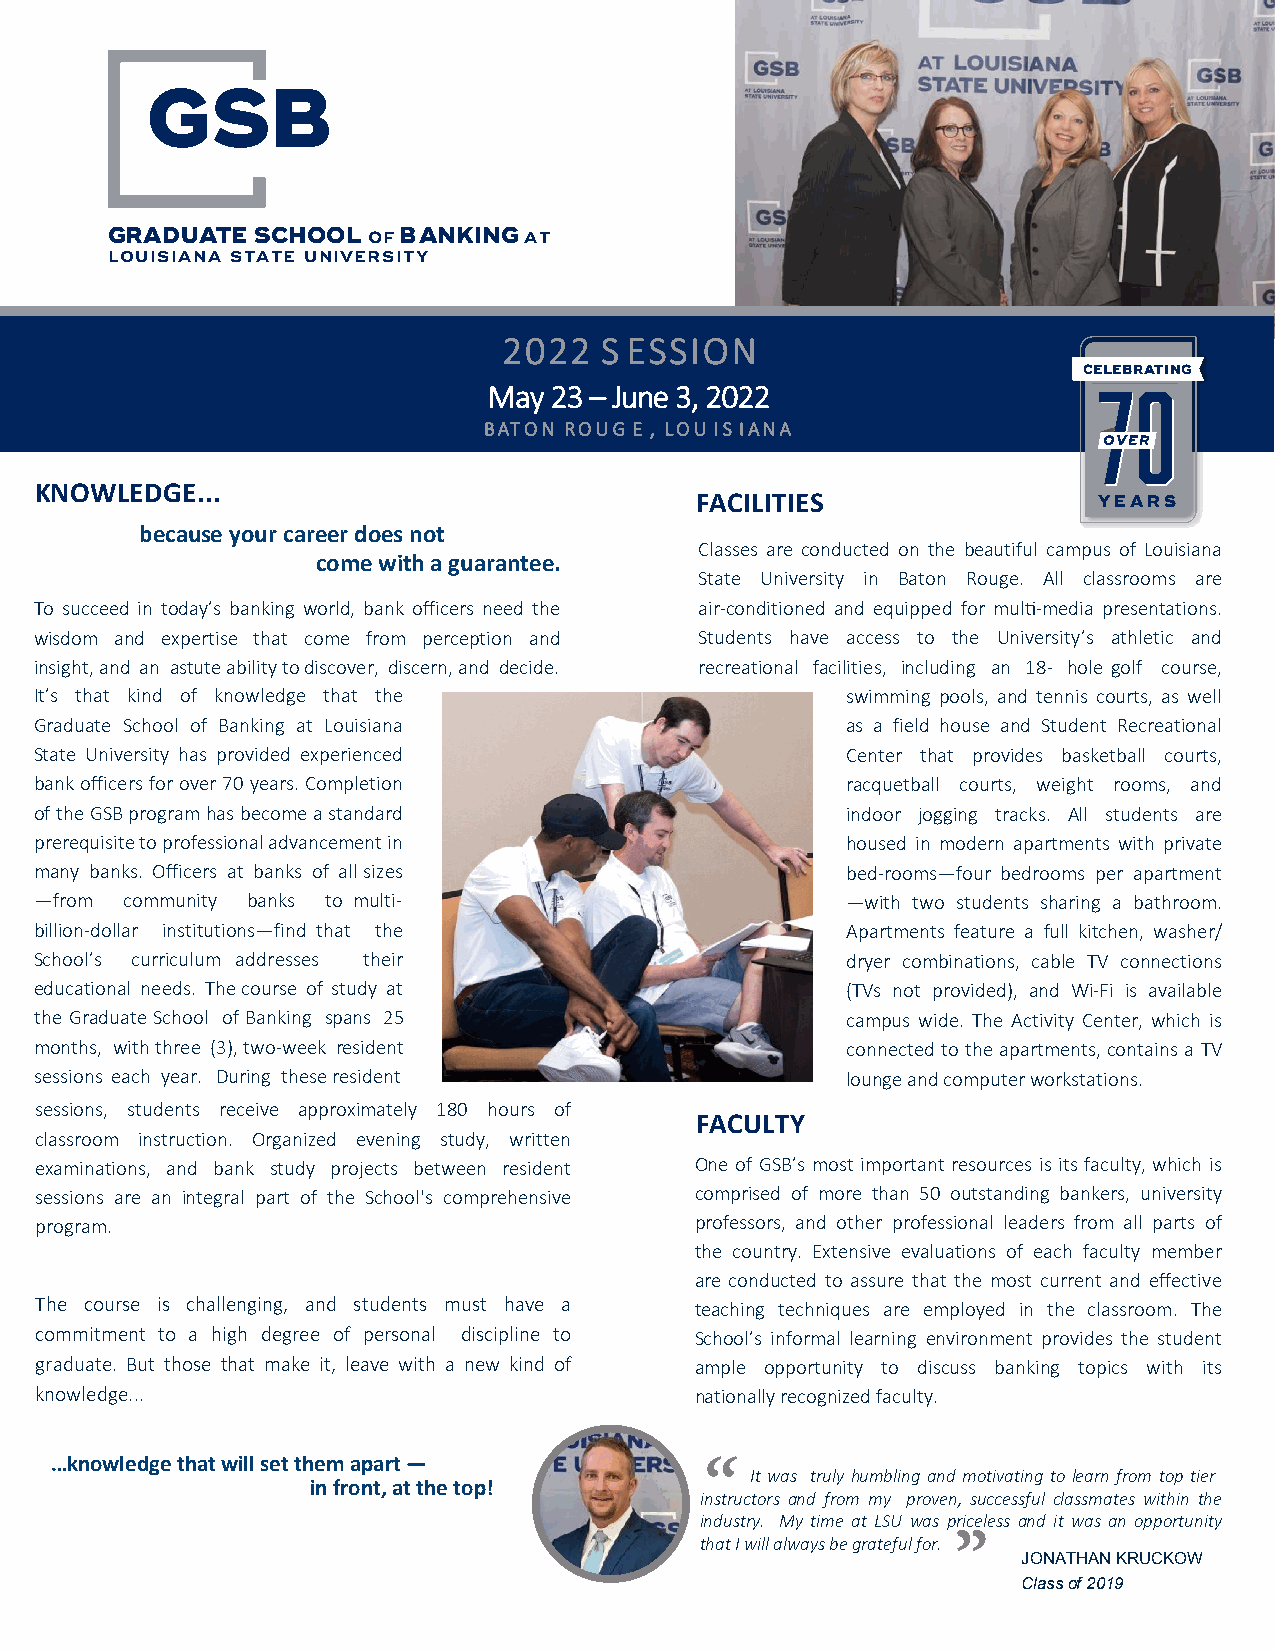
GSB
 GRADUATE  SCHOOL of BANKING at
 louisiana state un iversity
 2022   S ESSION
 CELEBRATING
 May 23 – June 3, 2022                    7700
 BATON ROUG E , LOU IS IANA
 OVER
 KNOWLEDGE...
 FACILITIES                 YEARS
 because your career does not
 Classes are conducted on the beautiful campus of Louisiana
 come with a guarantee.
 State University in Baton Rouge. All classrooms are
 To succeed in today’s banking world, bank officers need the air-conditioned and equipped for multi-media presentations.
 wisdom and expertise that come from perception and Students have access to the University’s athletic and
 insight, and an astute ability to discover, discern, and decide. recreational facilities, including an 18- hole golf course,
 It’s that kind of knowledge that the        s         swimming pools, and tennis courts, as well
 Graduate School of Banking at Louisiana               as a field house and Student Recreational
 State University has provided experienced             Center that provides basketball courts,
 bank officers for over 70 years. Completion           racquetball courts, weight rooms, and
 of the GSB program has become a standard              indoor jogging tracks. All students are
 prerequisite to professional advancement in           housed in modern apartments with private
 many banks. Officers at banks of all sizes            bed-rooms—four bedrooms per apartment
 —from community banks to multi-                       —with two students sharing a bathroom.
 billion-dollar institutions—find that the             Apartments feature a full kitchen, washer/
 School’s curriculum addresses their                   dryer combinations, cable TV connections
 educational needs. The course of study at             (TVs not provided), and Wi-Fi is available
 the Graduate School of Banking spans 25               campus wide. The Activity Center, which is
 months, with three (3), two-week resident             connected to the apartments, contains a TV
 sessions each year. During these resident             lounge and computer workstations.
 sessions, students receive approximately 180 hours of
 FACULTY
 classroom instruction. Organized evening study, written
 examinations, and bank study projects between resident One of GSB’s most important resources is its faculty, which is
 sessions are an integral part of the School's comprehensive comprised of more than 50 outstanding bankers, university
 program.                                    professors, and other professional leaders from all parts of
 the country. Extensive evaluations of each faculty member
 are conducted to assure that the most current and effective
 The course is challenging, and students must have a teaching techniques are employed in the classroom. The
 commitment to a high degree of personal discipline to School’s informal learning environment provides the student
 graduate. But those that make it, leave with a new kind of ample opportunity to discuss banking topics with its
 knowledge...                                nationally recognized faculty.
 …knowledge that will set them apart —
 “
 It was truly humbling and“ motivating to learn from top tier
 in front, at the top!
 instructors and from my proven, successful classmates within the
 industry. My time at LSU was priceless and it was an opportunity
 that I will always be grateful for.
 JONATHAN KRUCKOW
 Class of 2019